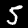
Label: 5